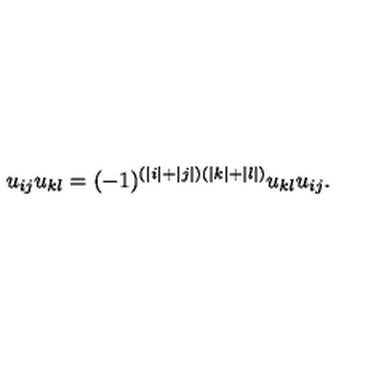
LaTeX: u _ { i j } u _ { k l } = ( - 1 ) ^ { ( | i | + | j | ) ( | k | + | l | ) } u _ { k l } u _ { i j } .